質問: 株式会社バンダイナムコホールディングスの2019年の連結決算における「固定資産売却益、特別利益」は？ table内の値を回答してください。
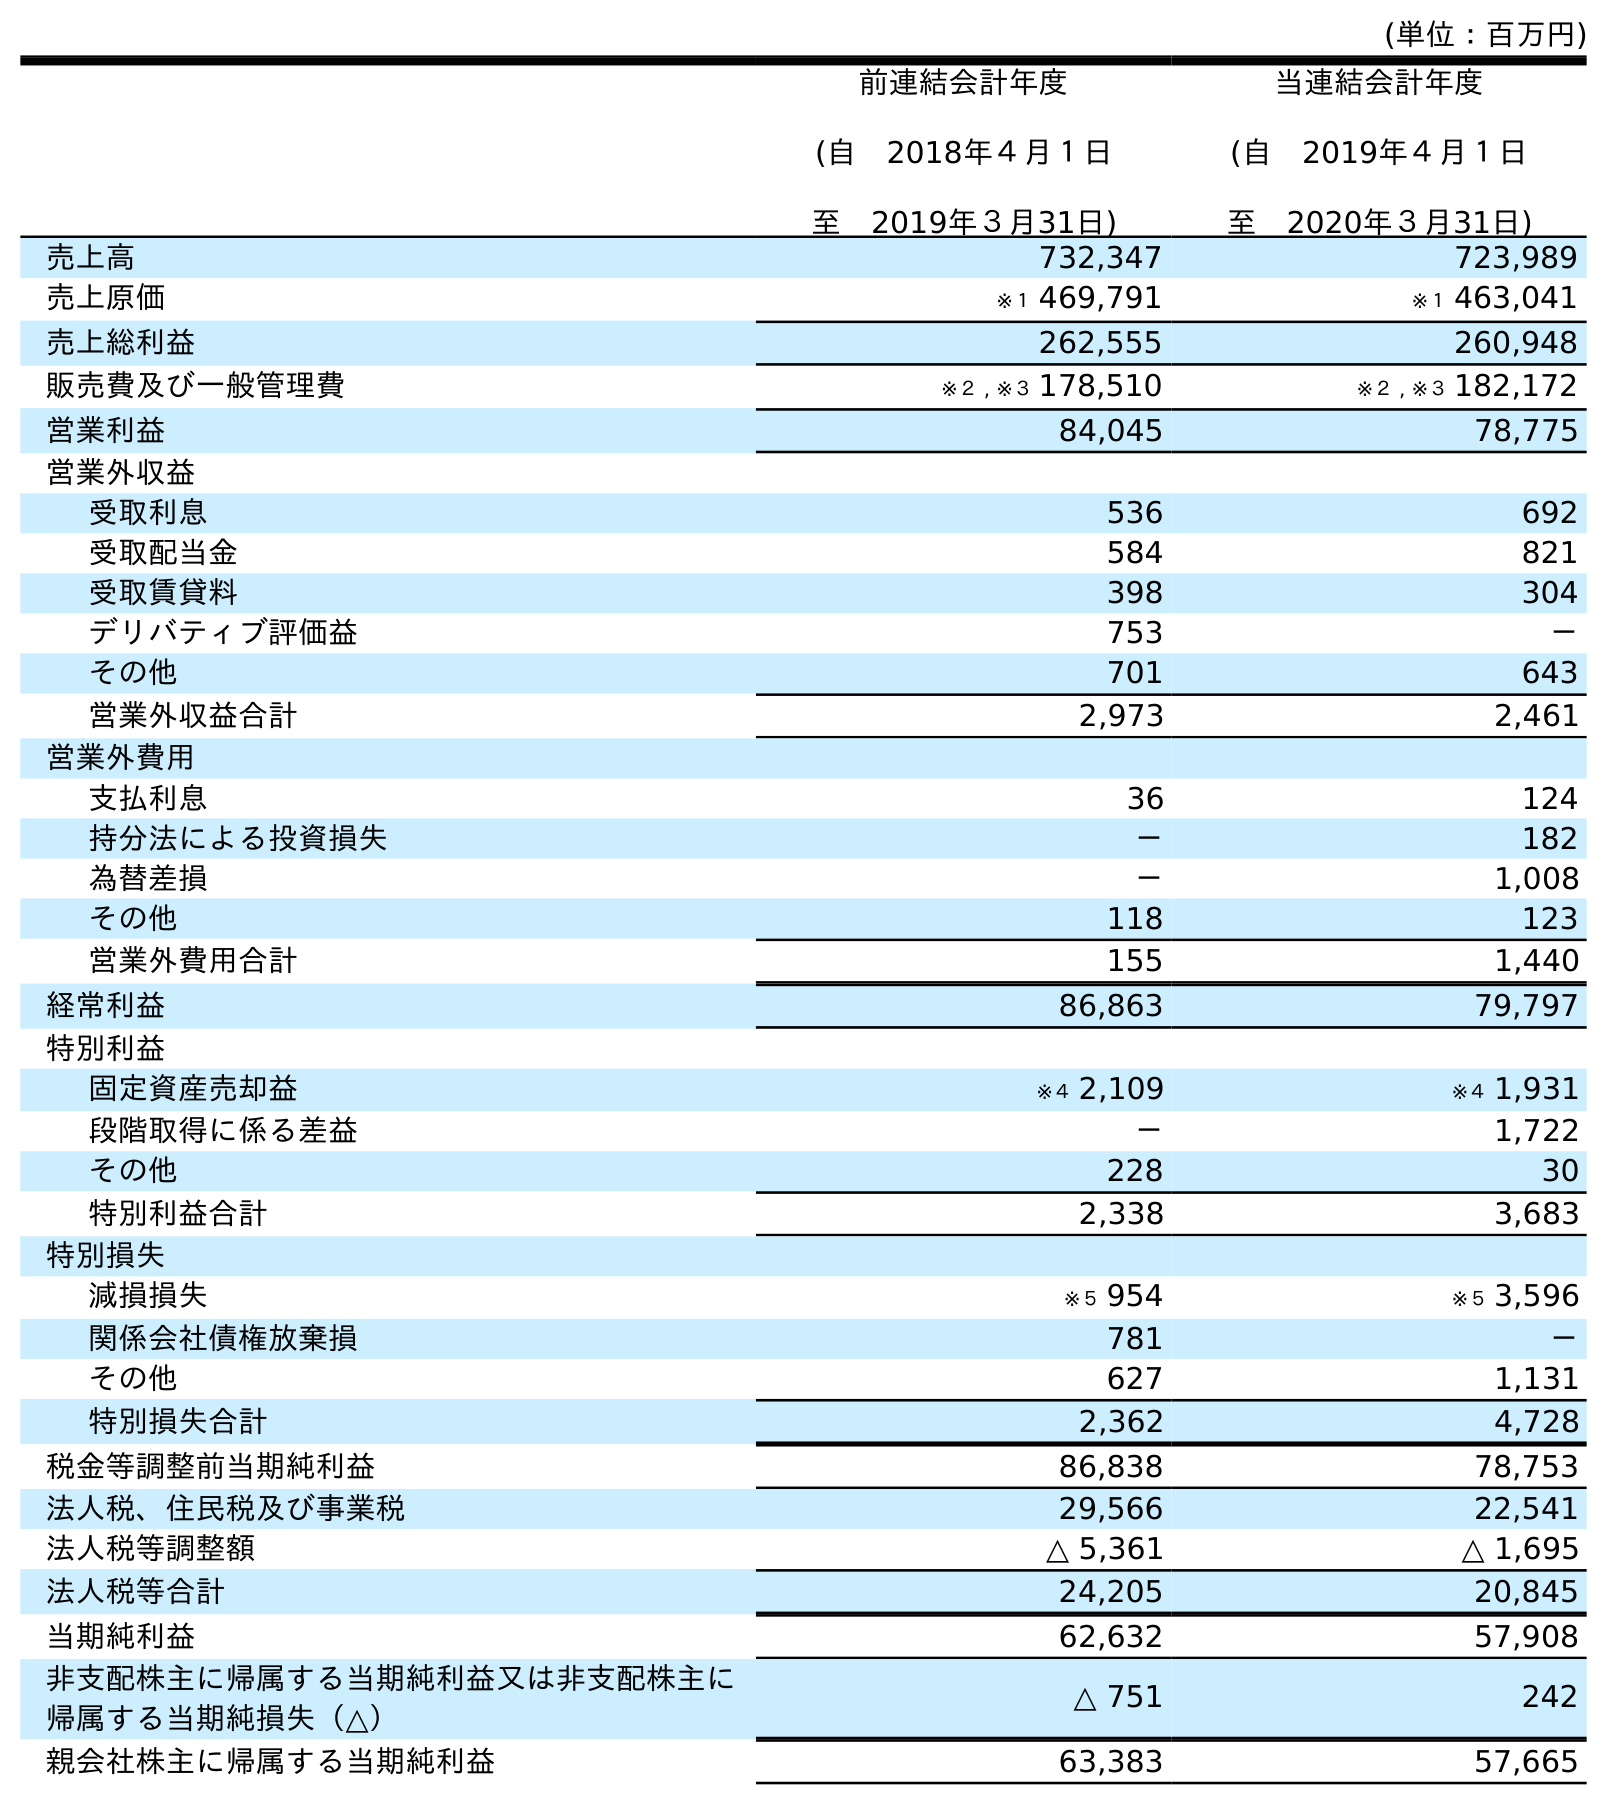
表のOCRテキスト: (単位：百万円) 前連結会計年度 (自 2018年４月１日 至 2019年３月31日) 当連結会計年度 (自 2019年４月１日 至 2020年３月31日) 売上高 732,347 723,989 売上原価 ※１ 469,791 ※１ 463,041 売上総利益 262,555 260,948 販売費及び一般管理費 ※２ , ※３ 178,510 ※２ , ※３ 182,172 営業利益 84,045 78,775 営業外収益 受取利息 536 692 受取配当金 584 821 受取賃貸料 398 304 デリバティブ評価益 753 － その他 701 643 営業外収益合計 2,973 2,461 営業外費用 支払利息 36 124 持分法による投資損失 － 182 為替差損 － 1,008 その他 118 123 営業外費用合計 155 1,440 経常利益 86,863 79,797 特別利益 固定資産売却益 ※４ 2,109 ※４ 1,931 段階取得に係る差益 － 1,722 その他 228 30 特別利益合計 2,338 3,683 特別損失 減損損失 ※５ 954 ※５ 3,596 関係会社債権放棄損 781 － その他 627 1,131 特別損失合計 2,362 4,728 税金等調整前当期純利益 86,838 78,753 法人税、住民税及び事業税 29,566 22,541 法人税等調整額 △ 5,361 △ 1,695 法人税等合計 24,205 20,845 当期純利益 62,632 57,908 非支配株主に帰属する当期純利益又は非支配株主に 帰属する当期純損失（△） △ 751 242 親会社株主に帰属する当期純利益 63,383 57,665
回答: ※４2,109